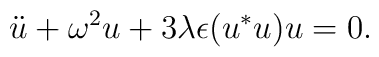
\ddot{u} + \omega^2 u + 3 \lambda \epsilon (u^* u) u  = 0.